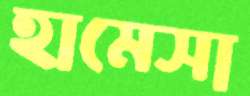
হামেসা